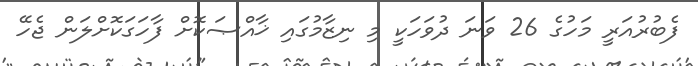
ފެބުރުއަރީ މަހުގެ 26 ވަނަ ދުވަހަކީ މި ނިޒާމުގައި ޚާއްޞަކޮށް ފާހަގަކޮށްލަން ޖެހޭ